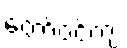
တော်ဝင်ကျဲ